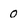
Character: 0